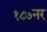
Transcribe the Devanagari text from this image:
१८७नर